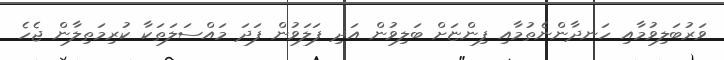
ވަރުބަލިވުމާއި ހަނދާންނެތުމާއި ފިންޏަށް ބަލިވުން އަދި ފަލަވުން ފަދަ މައްސަލަތަކާ ކުރިމަތިލާން ޖެހެ